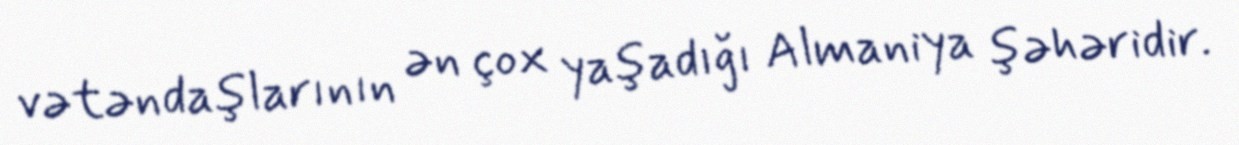
vətəndaşlarının ən çox yaşadığı Almaniya şəhəridir.